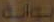
نواره